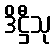
ဒိဋ္ဌီသု